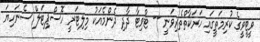
ވީޓީވީގެ ކުރިމަތީގައި ހަރަކާތްތެރިވަނީ -- ޓްވިޓާ ދާދި ދެންމެއަކު މިލިޓަރީ ހޮސްޕިޓަލް ސެނަހިޔަ